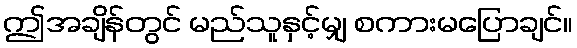
ဤအချိန်တွင် မည်သူနှင့်မျှ စကားမပြောချင်။